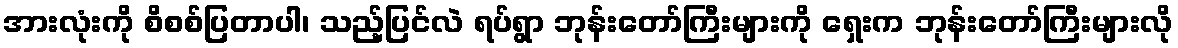
အားလုံးကို စိစစ်ပြတာပါ၊ သည့်ပြင်လဲ ရပ်ရွာ ဘုန်းတော်ကြီးများကို ရှေးက ဘုန်းတော်ကြီးများလို